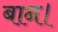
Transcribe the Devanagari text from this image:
बान।